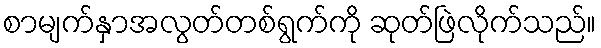
စာမျက်နှာအလွတ်တစ်ရွက်ကို ဆုတ်ဖြဲလိုက်သည်။